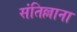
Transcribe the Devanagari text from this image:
संतिल्लाना